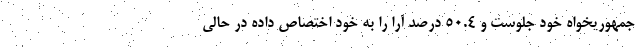
جمهوریخواه خود جلوست و 50.4 درصد آرا را به خود اختصاص داده در حالی